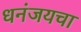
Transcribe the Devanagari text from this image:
धनंजयचा